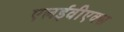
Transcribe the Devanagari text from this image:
एलईवीएक्स